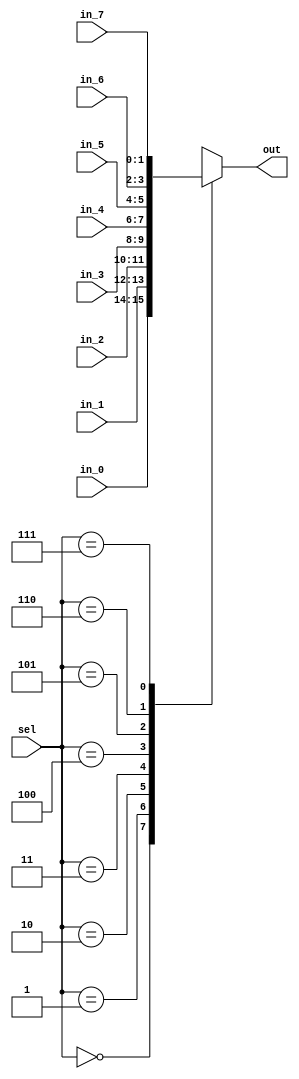
/*
 * Generated by Digiblock. Don't modify this file!
 * Any changes will be lost if this file is regenerated.
 */
module Mux_8x1_NBits #(
    parameter Bits = 2
)
(
    input [2:0] sel,
    input [(Bits - 1):0] in_0,
    input [(Bits - 1):0] in_1,
    input [(Bits - 1):0] in_2,
    input [(Bits - 1):0] in_3,
    input [(Bits - 1):0] in_4,
    input [(Bits - 1):0] in_5,
    input [(Bits - 1):0] in_6,
    input [(Bits - 1):0] in_7,
    output reg [(Bits - 1):0] out
);
    always @ (*) begin
        case (sel)
            3'h0: out = in_0;
            3'h1: out = in_1;
            3'h2: out = in_2;
            3'h3: out = in_3;
            3'h4: out = in_4;
            3'h5: out = in_5;
            3'h6: out = in_6;
            3'h7: out = in_7;
            default:
                out = 'h0;
        endcase
    end
endmodule
module DIG_D_FF_AS_1bit
#(
    parameter Default = 0
)
(
   input Set,
   input D,
   input C,
   input Clr,
   output Q,
   output \~Q
);
    reg state;

    assign Q = state;
    assign \~Q  = ~state;

    always @ (posedge C or posedge Clr or posedge Set)
    begin
        if (Set)
            state <= 1'b1;
        else if (Clr)
            state <= 'h0;
        else
            state <= D;
    end

    initial begin
        state = Default;
    end
endmodule
module DIG_RAMDualPort
#(
    parameter Bits = 8,
    parameter AddrBits = 4
)
(
  input [(AddrBits-1):0] A,
  input [(Bits-1):0] Din,
  input str,
  input C,
  input ld,
  output [(Bits-1):0] D
);
  reg [(Bits-1):0] memory[0:((1 << AddrBits) - 1)];

  assign D = ld? memory[A] : 'hz;

  always @ (posedge C) begin
    if (str)
      memory[A] <= Din;
  end
endmodule
module DIG_RegisterFile
#(
    parameter Bits = 8,
    parameter AddrBits = 4
)
(
    input [(Bits-1):0] Din,
    input we,
    input [(AddrBits-1):0] Rw,
    input C,
    input [(AddrBits-1):0] Ra,
    input [(AddrBits-1):0] Rb,
    output [(Bits-1):0] Da,
    output [(Bits-1):0] Db
);

    reg [(Bits-1):0] memory[0:((1 << AddrBits)-1)];

    assign Da = memory[Ra];
    assign Db = memory[Rb];

    always @ (posedge C) begin
        if (we)
            memory[Rw] <= Din;
    end
endmodule
module DIG_Register_BUS #(
    parameter Bits = 1
)
(
    input C,
    input en,
    input [(Bits - 1):0]D,
    output [(Bits - 1):0]Q
);

    reg [(Bits - 1):0] state = 'h0;

    assign Q = state;

    always @ (posedge C) begin
        if (en)
            state <= D;
   end
endmodule
module DIG_Add
#(
    parameter Bits = 1
)
(
    input [(Bits-1):0] a,
    input [(Bits-1):0] b,
    input c_i,
    output [(Bits - 1):0] s,
    output c_o
);
   wire [Bits:0] temp;

   assign temp = a + b + c_i;
   assign s = temp [(Bits-1):0];
   assign c_o = temp[Bits];
endmodule
module DIG_Sub #(
    parameter Bits = 2
)
(
    input [(Bits-1):0] a,
    input [(Bits-1):0] b,
    input c_i,
    output [(Bits-1):0] s,
    output c_o
);
    wire [Bits:0] temp;

    assign temp = a - b - c_i;
    assign s = temp[(Bits-1):0];
    assign c_o = temp[Bits];
endmodule
module LogicalLeft #(
parameter Bits = 4,
parameter shiftBits=3
)
(
    input [(Bits-1):0] in,
    input [(shiftBits-1):0] shift,
    output [(Bits - 1):0] out
);

assign out = (in << shift);

endmodule
module DIG_Mul_unsigned #(
    parameter Bits = 1
)
(
    
      input [(Bits-1):0] a,
      input [(Bits-1):0] b,
      output [(Bits*2-1):0] mul
    
);
    assign mul = a * b;
endmodule
module RotateLeft #(
parameter Bits = 4,
parameter shiftBits=3
)
(
    input [(Bits-1):0] in,
    input [(shiftBits-1):0] shift,
    output [(Bits - 1):0] out
);

wire [(shiftBits-2):0] num;
assign num=shift[(shiftBits-2):0];
assign out = (in >> (Bits-num)| (in<<num));

endmodule
module LogicalRight #(
parameter Bits = 4,
parameter shiftBits=3
)
(
    input [(Bits-1):0] in,
    input [(shiftBits-1):0] shift,
    output [(Bits - 1):0] out
);

assign out = (in >> shift);

endmodule
module RotateRight #(
parameter Bits = 4,
parameter shiftBits=3
)
(
    input [(Bits-1):0] in,
    input [(shiftBits-1):0] shift,
    output [(Bits - 1):0] out
);

wire [(shiftBits-2):0] num;
assign num=shift[(shiftBits-2):0];
assign out = (in << (Bits-num)| (in>>num));

endmodule
module DIG_ROM_16X16_MROM (
    input [3:0] A,
    input sel,
    output reg [15:0] D
);
    reg [15:0] my_rom [0:15];

    always @ (*) begin
        if (~sel)
            D = 16'hz;
        else
            D = my_rom[A];
    end

    initial begin
        my_rom[0] = 16'h120;
        my_rom[1] = 16'h1100;
        my_rom[2] = 16'ha40;
        my_rom[3] = 16'h940;
        my_rom[4] = 16'h640;
        my_rom[5] = 16'h2c0;
        my_rom[6] = 16'h550;
        my_rom[7] = 16'h390;
        my_rom[8] = 16'h0;
        my_rom[9] = 16'h2350;
        my_rom[10] = 16'h4350;
        my_rom[11] = 16'h6350;
        my_rom[12] = 16'h8350;
        my_rom[13] = 16'ha350;
        my_rom[14] = 16'hc350;
        my_rom[15] = 16'he340;
    end
endmodule
module DIG_ROM_256X8_ROM (
    input [7:0] A,
    input sel,
    output reg [7:0] D
);
    reg [7:0] my_rom [0:17];

    always @ (*) begin
        if (~sel)
            D = 8'hz;
        else if (A > 8'h11)
            D = 8'h0;
        else
            D = my_rom[A];
    end

    initial begin
        my_rom[0] = 8'h30;
        my_rom[1] = 8'h1;
        my_rom[2] = 8'h34;
        my_rom[3] = 8'h2;
        my_rom[4] = 8'h38;
        my_rom[5] = 8'h80;
        my_rom[6] = 8'h1;
        my_rom[7] = 8'h91;
        my_rom[8] = 8'h94;
        my_rom[9] = 8'h1;
        my_rom[10] = 8'hf9;
        my_rom[11] = 8'h1;
        my_rom[12] = 8'h12;
        my_rom[13] = 8'h10;
        my_rom[14] = 8'h10;
        my_rom[15] = 8'h7;
        my_rom[16] = 8'h50;
        my_rom[17] = 8'h1;
    end
endmodule
module CompUnsigned #(
    parameter Bits = 1
)
(
    input [(Bits -1):0] a,
    input [(Bits -1):0] b,
    output \> ,
    output \= ,
    output \<
);
    assign \> = a > b;
    assign \= = a == b;
    assign \< = a < b;
endmodule
module Mux_4x1_NBits #(
    parameter Bits = 2
)
(
    input [1:0] sel,
    input [(Bits - 1):0] in_0,
    input [(Bits - 1):0] in_1,
    input [(Bits - 1):0] in_2,
    input [(Bits - 1):0] in_3,
    output reg [(Bits - 1):0] out
);
    always @ (*) begin
        case (sel)
            2'h0: out = in_0;
            2'h1: out = in_1;
            2'h2: out = in_2;
            2'h3: out = in_3;
            default:
                out = 'h0;
        endcase
    end
endmodule
module DemuxBus2 #(
    parameter Bits = 2
)
(
    output [7:0] out_0,
    output [7:0] out_1,
    output [7:0] out_2,
    output [7:0] out_3,
    input [1:0] sel,
    input [7:0] in
);
    assign out_0 = (sel == 2'h0)? in : 8'h0;
    assign out_1 = (sel == 2'h1)? in : 8'h0;
    assign out_2 = (sel == 2'h2)? in : 8'h0;
    assign out_3 = (sel == 2'h3)? in : 8'h0;
endmodule
module Decoder2 (
    output out_0,
    output out_1,
    output out_2,
    output out_3,
    input [1:0] sel
);
    assign out_0 = (sel == 2'h0)? 1'b1 : 1'b0;
    assign out_1 = (sel == 2'h1)? 1'b1 : 1'b0;
    assign out_2 = (sel == 2'h2)? 1'b1 : 1'b0;
    assign out_3 = (sel == 2'h3)? 1'b1 : 1'b0;
endmodule
module Mux_2x1_NBits #(
    parameter Bits = 2
)
(
    input [0:0] sel,
    input [(Bits - 1):0] in_0,
    input [(Bits - 1):0] in_1,
    output reg [(Bits - 1):0] out
);
    always @ (*) begin
        case (sel)
            1'h0: out = in_0;
            1'h1: out = in_1;
            default:
                out = 'h0;
        endcase
    end
endmodule
module DIG_ROM_128X8_Drom (
    input [6:0] A,
    input sel,
    output reg [7:0] D
);
    reg [7:0] my_rom [0:17];

    always @ (*) begin
        if (~sel)
            D = 8'hz;
        else if (A > 7'h11)
            D = 8'h0;
        else
            D = my_rom[A];
    end

    initial begin
        my_rom[0] = 8'h30;
        my_rom[1] = 8'h1;
        my_rom[2] = 8'h34;
        my_rom[3] = 8'h2;
        my_rom[4] = 8'h38;
        my_rom[5] = 8'h80;
        my_rom[6] = 8'h1;
        my_rom[7] = 8'h91;
        my_rom[8] = 8'h94;
        my_rom[9] = 8'h1;
        my_rom[10] = 8'hf9;
        my_rom[11] = 8'h1;
        my_rom[12] = 8'h12;
        my_rom[13] = 8'h10;
        my_rom[14] = 8'h10;
        my_rom[15] = 8'h7;
        my_rom[16] = 8'h50;
        my_rom[17] = 8'h1;
    end
endmodule
module Mux_4x1
(
    input [1:0] sel,
    input in_0,
    input in_1,
    input in_2,
    input in_3,
    output reg out
);
    always @ (*) begin
        case (sel)
            2'h0: out = in_0;
            2'h1: out = in_1;
            2'h2: out = in_2;
            2'h3: out = in_3;
            default:
                out = 'h0;
        endcase
    end
endmodule

module microprogramIII (
  input [7:0] IN,
  input clock,
  input reset,
  output [7:0] OUT
);
  wire [6:0] s0;
  wire [7:0] Min;
  wire s1;
  wire clk;
  wire [7:0] s2;
  wire [7:0] Yin;
  wire s3;
  wire [7:0] s4;
  wire [7:0] Mout;
  wire memw;
  wire [7:0] Rin;
  wire regw;
  wire [1:0] Ra;
  wire [1:0] Rb;
  wire [7:0] Da;
  wire [7:0] Db;
  wire [1:0] Asel;
  wire [7:0] s_out;
  wire [7:0] s5;
  wire [2:0] Ssel;
  wire [7:0] IMM;
  wire [7:0] Xin;
  wire ENout;
  wire P1;
  wire [3:0] s6;
  wire [3:0] OP;
  wire [3:0] s7;
  wire [3:0] s8;
  wire [15:0] s9;
  wire [7:0] s10;
  wire [3:0] s11;
  wire [7:0] s12;
  wire [7:0] s13;
  wire \PC+1 ;
  wire s14;
  wire [2:0] ALUop;
  wire hlt;
  wire s15;
  wire s16;
  wire I_10;
  wire [3:0] s17;
  wire [7:0] s18;
  wire C_F;
  wire [7:0] s19;
  wire [7:0] s20;
  wire [7:0] s21;
  wire [7:0] s22;
  wire [3:0] s23;
  wire [7:0] s24;
  wire [7:0] s25;
  wire [7:0] s26;
  wire [15:0] s27;
  wire [7:0] s28;
  wire [7:0] s29;
  wire [7:0] s30;
  wire Z_F;
  wire C;
  wire Z;
  wire S;
  wire s31;
  wire [2:0] s32;
  wire [2:0] s33;
  assign s15 = (reset & clock);
  Mux_8x1_NBits #(
    .Bits(8)
  )
  Mux_8x1_NBits_i0 (
    .sel( Ssel ),
    .in_0( 8'b0 ),
    .in_1( Da ),
    .in_2( Mout ),
    .in_3( IN ),
    .in_4( IMM ),
    .in_5( Db ),
    .in_6( 8'b0 ),
    .in_7( 8'b0 ),
    .out( Xin )
  );
  // break
  DIG_D_FF_AS_1bit #(
    .Default(0)
  )
  DIG_D_FF_AS_1bit_i1 (
    .Set( 1'b0 ),
    .D( hlt ),
    .C( clk ),
    .Clr( s15 ),
    .Q( s16 )
  );
  assign clk = (clock | s16);
  // Dram
  DIG_RAMDualPort #(
    .Bits(8),
    .AddrBits(7)
  )
  DIG_RAMDualPort_i2 (
    .A( s0 ),
    .Din( Min ),
    .str( s1 ),
    .C( clk ),
    .ld( 1'b1 ),
    .D( s2 )
  );
  // regs
  DIG_RegisterFile #(
    .Bits(8),
    .AddrBits(2)
  )
  DIG_RegisterFile_i3 (
    .Din( Rin ),
    .we( regw ),
    .Rw( Ra ),
    .C( clk ),
    .Ra( Ra ),
    .Rb( Rb ),
    .Da( Da ),
    .Db( Db )
  );
  // MAR
  DIG_Register_BUS #(
    .Bits(4)
  )
  DIG_Register_BUS_i4 (
    .D( s7 ),
    .C( clk ),
    .en( 1'b1 ),
    .Q( s8 )
  );
  // PC
  DIG_Register_BUS #(
    .Bits(8)
  )
  DIG_Register_BUS_i5 (
    .D( s13 ),
    .C( clk ),
    .en( \PC+1  ),
    .Q( s10 )
  );
  DIG_Register_BUS #(
    .Bits(4)
  )
  DIG_Register_BUS_i6 (
    .D( s11 ),
    .C( clk ),
    .en( P1 ),
    .Q( s17 )
  );
  DIG_Register_BUS #(
    .Bits(8)
  )
  DIG_Register_BUS_i7 (
    .D( s_out ),
    .C( clk ),
    .en( ENout ),
    .Q( OUT )
  );
  DIG_Add #(
    .Bits(8)
  )
  DIG_Add_i8 (
    .a( Xin ),
    .b( Yin ),
    .c_i( 1'b0 ),
    .s( s18 ),
    .c_o( C_F )
  );
  DIG_Sub #(
    .Bits(8)
  )
  DIG_Sub_i9 (
    .a( Xin ),
    .b( Yin ),
    .c_i( 1'b0 ),
    .s( s19 )
  );
  assign s20 = (Xin & Yin);
  assign s21 = (Xin | Yin);
  assign s22 = (Xin ^ Yin);
  LogicalLeft #(
    .Bits(8),
    .shiftBits(4)
  )
  LogicalLeft_i10 (
    .in( Xin ),
    .shift( s23 ),
    .out( s24 )
  );
  Mux_8x1_NBits #(
    .Bits(8)
  )
  Mux_8x1_NBits_i11 (
    .sel( ALUop ),
    .in_0( Xin ),
    .in_1( s18 ),
    .in_2( s19 ),
    .in_3( s25 ),
    .in_4( s20 ),
    .in_5( s21 ),
    .in_6( s22 ),
    .in_7( s26 ),
    .out( s5 )
  );
  DIG_Mul_unsigned #(
    .Bits(8)
  )
  DIG_Mul_unsigned_i12 (
    .a( Xin ),
    .b( Yin ),
    .mul( s27 )
  );
  RotateLeft #(
    .Bits(8),
    .shiftBits(4)
  )
  RotateLeft_i13 (
    .in( Xin ),
    .shift( s23 ),
    .out( s28 )
  );
  LogicalRight #(
    .Bits(8),
    .shiftBits(4)
  )
  LogicalRight_i14 (
    .in( Xin ),
    .shift( s23 ),
    .out( s29 )
  );
  RotateRight #(
    .Bits(8),
    .shiftBits(4)
  )
  RotateRight_i15 (
    .in( Xin ),
    .shift( s23 ),
    .out( s30 )
  );
  // MROM
  DIG_ROM_16X16_MROM DIG_ROM_16X16_MROM_i16 (
    .A( s8 ),
    .sel( 1'b1 ),
    .D( s9 )
  );
  // ROM
  DIG_ROM_256X8_ROM DIG_ROM_256X8_ROM_i17 (
    .A( s10 ),
    .sel( 1'b1 ),
    .D( IMM )
  );
  DIG_Add #(
    .Bits(8)
  )
  DIG_Add_i18 (
    .a( 8'b1 ),
    .b( s10 ),
    .c_i( 1'b0 ),
    .s( s12 )
  );
  CompUnsigned #(
    .Bits(8)
  )
  CompUnsigned_i19 (
    .a( s5 ),
    .b( 8'b0 ),
    .\= ( Z_F )
  );
  assign Rb = s17[1:0];
  assign Ra = s17[3:2];
  assign s25 = s27[7:0];
  assign I_10 = (Rb[0] | Rb[1]);
  Mux_4x1_NBits #(
    .Bits(8)
  )
  Mux_4x1_NBits_i20 (
    .sel( Rb ),
    .in_0( s24 ),
    .in_1( s29 ),
    .in_2( s28 ),
    .in_3( s30 ),
    .out( s26 )
  );
  assign s32[0] = C_F;
  assign s32[1] = Z_F;
  assign s32[2] = s5[7];
  assign OP = IMM[7:4];
  assign s11 = IMM[3:0];
  assign s6 = s9[3:0];
  assign P1 = s9[5];
  assign Asel = s9[7:6];
  assign Ssel = s9[11:9];
  assign ALUop = s9[15:13];
  assign s23 = IMM[3:0];
  DemuxBus2 #(
    .Bits(8)
  )
  DemuxBus2_i21 (
    .sel( Asel ),
    .in( s5 ),
    .out_1( Rin ),
    .out_2( Min ),
    .out_3( s_out )
  );
  Decoder2 Decoder2_i22 (
    .sel( Asel ),
    .out_1( regw ),
    .out_2( memw ),
    .out_3( ENout )
  );
  Mux_2x1_NBits #(
    .Bits(4)
  )
  Mux_2x1_NBits_i23 (
    .sel( P1 ),
    .in_0( s6 ),
    .in_1( OP ),
    .out( s7 )
  );
  assign hlt = (P1 & ~ (OP[0] | OP[1] | OP[2] | OP[3]) & IMM[0]);
  Mux_2x1_NBits #(
    .Bits(8)
  )
  Mux_2x1_NBits_i24 (
    .sel( I_10 ),
    .in_0( IMM ),
    .in_1( Db ),
    .out( Yin )
  );
  assign \PC+1  = (~ (I_10 & s9[4]) & s9[8]);
  // ALU_Flag
  DIG_Register_BUS #(
    .Bits(3)
  )
  DIG_Register_BUS_i25 (
    .D( s32 ),
    .C( P1 ),
    .en( 1'b1 ),
    .Q( s33 )
  );
  assign s3 = Yin[7];
  assign s0 = Yin[6:0];
  assign C = s33[0];
  assign Z = s33[1];
  assign S = s33[2];
  assign s1 = (memw & ~ s3);
  // Drom
  DIG_ROM_128X8_Drom DIG_ROM_128X8_Drom_i26 (
    .A( s0 ),
    .sel( 1'b1 ),
    .D( s4 )
  );
  Mux_4x1 Mux_4x1_i27 (
    .sel( Rb ),
    .in_0( 1'b1 ),
    .in_1( C ),
    .in_2( Z ),
    .in_3( S ),
    .out( s31 )
  );
  Mux_2x1_NBits #(
    .Bits(8)
  )
  Mux_2x1_NBits_i28 (
    .sel( s3 ),
    .in_0( s2 ),
    .in_1( s4 ),
    .out( Mout )
  );
  assign s14 = (s31 & s9[12]);
  Mux_2x1_NBits #(
    .Bits(8)
  )
  Mux_2x1_NBits_i29 (
    .sel( s14 ),
    .in_0( s12 ),
    .in_1( IMM ),
    .out( s13 )
  );
endmodule